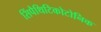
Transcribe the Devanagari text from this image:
सिंपैथिटिकोटोनिक